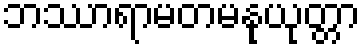
ဘဿာရာမတမနုယုတ္တာ